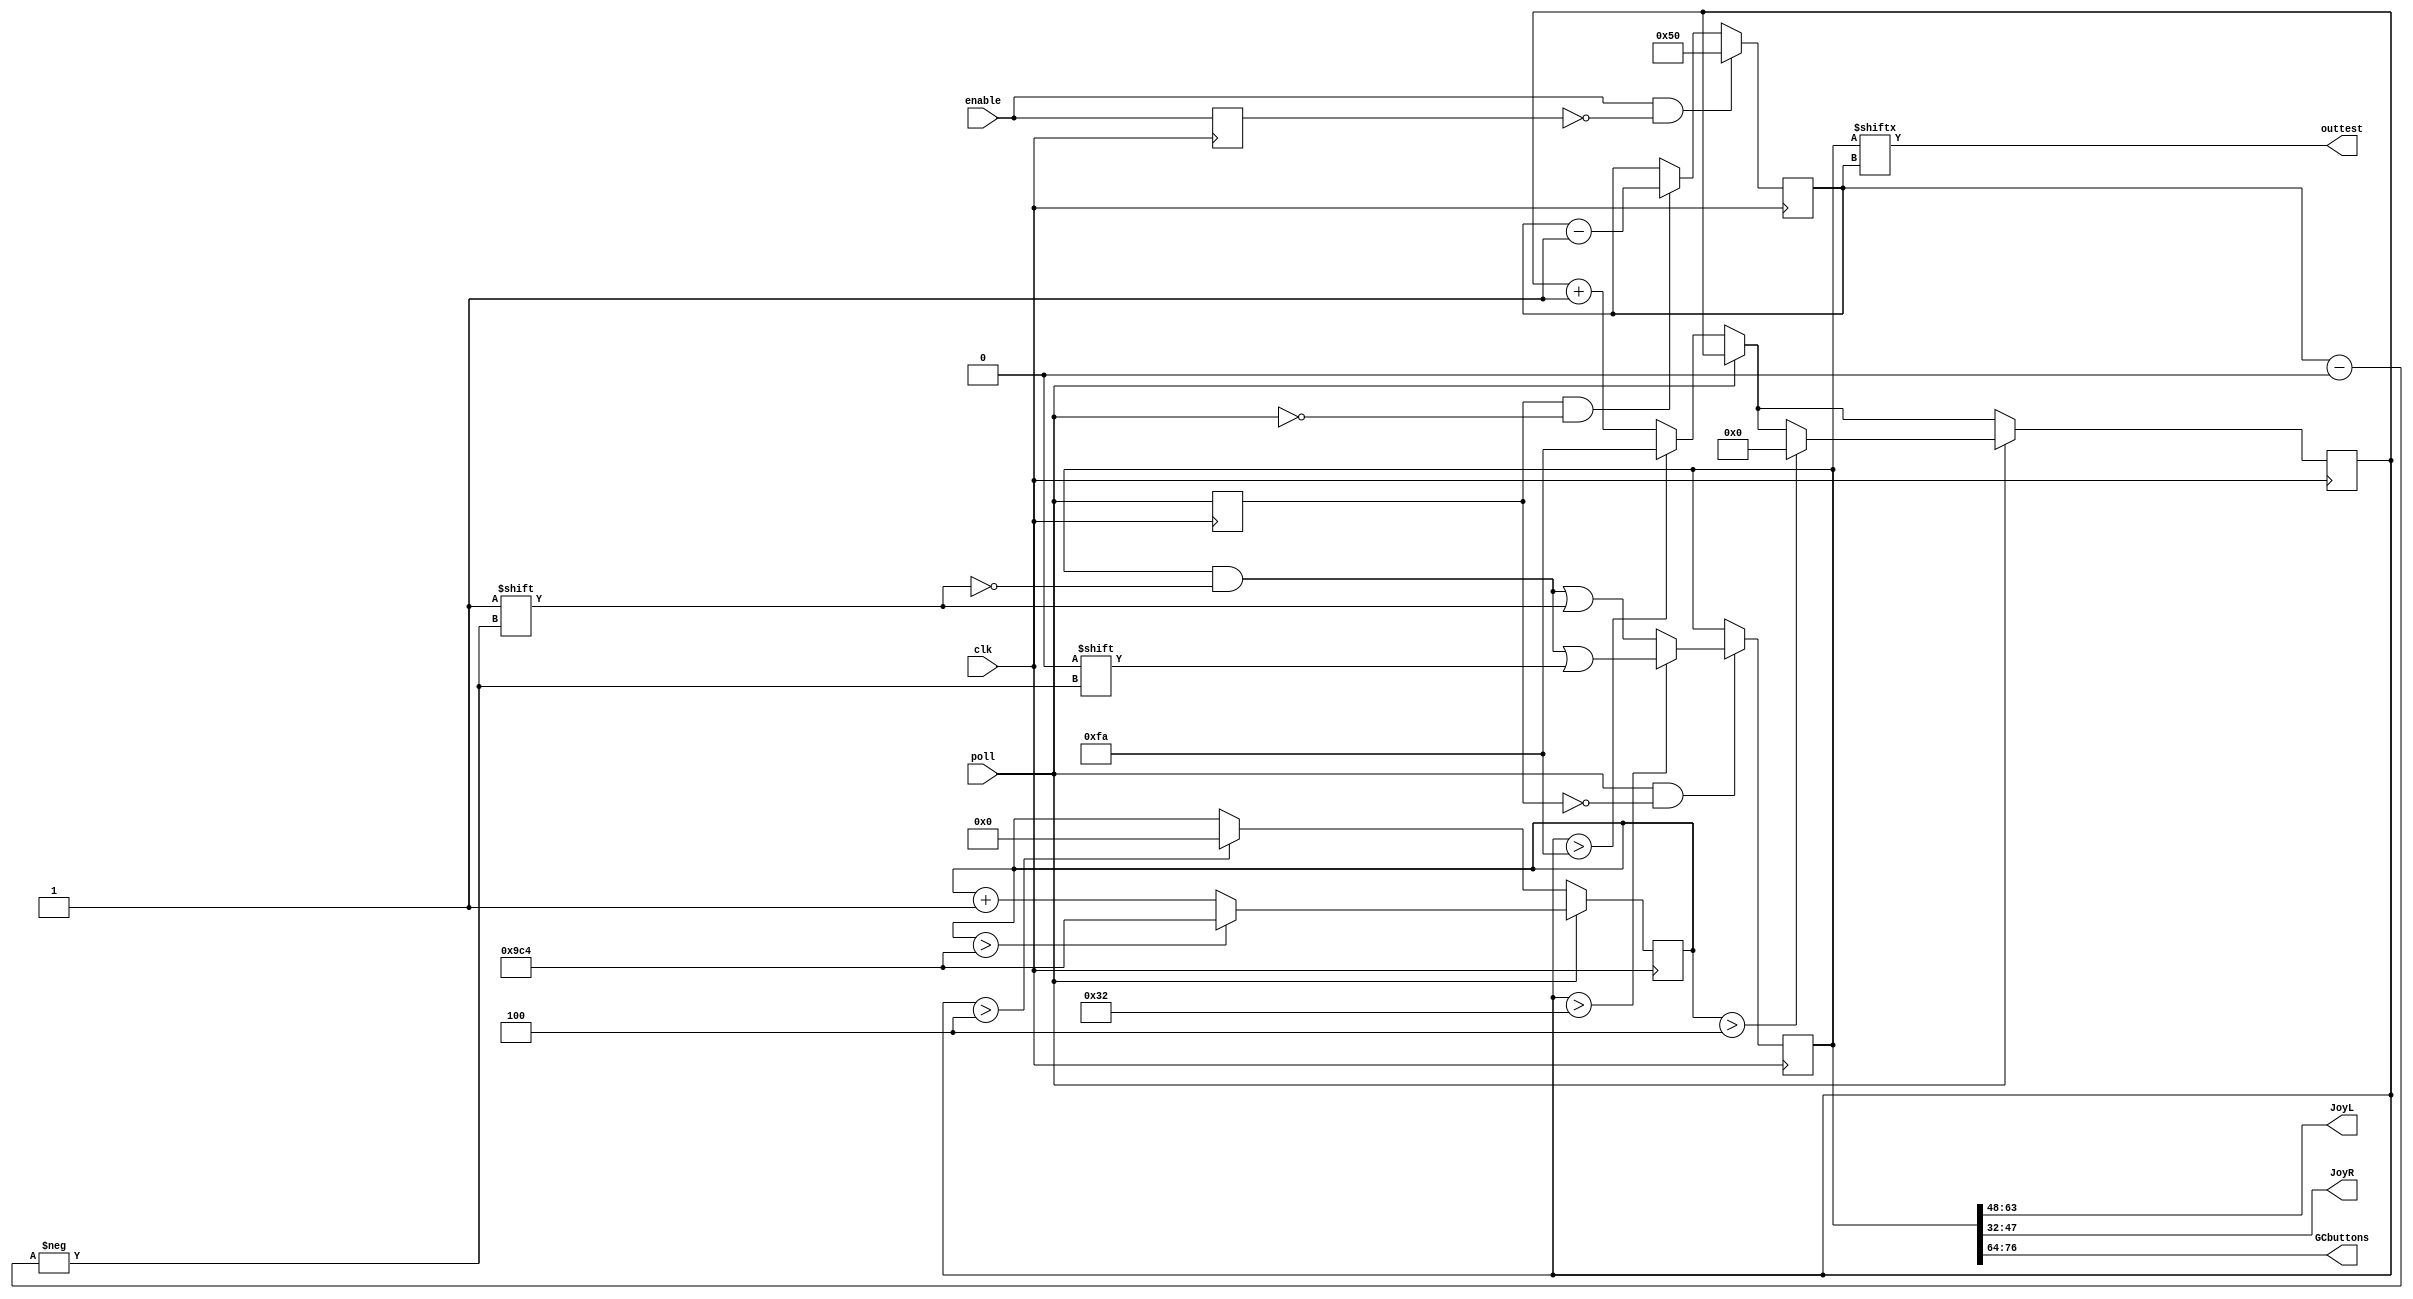
module GCC_Data ( input clk , input poll , input enable ,// output reset_polling ,
output [15:0] JoyL , output [15:0] JoyR , output [12:0] GCbuttons , output outtest
);

assign outtest = data[bits];
parameter bit_value = 80; 
reg [12:0] GCbuttons = 13'b0; 
reg [15:0] JoyL = 8'b0; 
reg [15:0] JoyR = 8'b0;
reg [80:0] data = 0;
reg [7:0] bits = 8'd80; 
reg [11:0] HC = 8'b0; 
reg [7:0] LC = 8'b0; 
reg prev_poll; reg prev_enable; reg [2:0] poll_fail = 3'b0; reg reset_polling = 0; 
reg [3:0] no_con; // counts if no controller has been detected for multiple polling periods
//reg CU = 0; reg CD = 0; reg CL = 0; reg CR = 0;
always @ ( * ) begin
    JoyL[15:0] = data[63:48]; 
    JoyR[15:0] = data[47:32]; //ShL[7:0] = data[31:24]; ShR[7:0] = data[23:16]; 
    GCbuttons[12:0] = data[76:64];
end

always @ ( posedge clk ) begin
    prev_poll <= poll; prev_enable <= enable;
    if ( enable && ~prev_enable ) begin
        bits <= bit_value;
    end
    else begin
        if ( prev_poll && ~poll ) begin //negedge detected
            bits <= bits - 1;
        end
    end
    
    if ( poll && ~prev_poll ) begin //posedge detected
        if ( LC > 50 ) begin
            data[bits] <= 0; 
        end
        else begin
            data[bits] <= 1; 
        end
    end
    
    if ( poll == 0 ) begin
        LC <= LC + 1;
        if ( LC > 4 ) begin
            HC <= 0;
        end
        if ( LC > 250 ) begin
            LC <= 250; //LC should never get this large!
        end
    end
   
    if ( poll == 1 ) begin
        HC <= HC + 1;
        if ( HC > 4 ) begin
            LC <= 0;
        end
        if ( HC > 2500 ) begin
            HC <= 2500;
        end
    end

    //if ( prev_enable && ~enable ) begin //Controller's turn to talk. This block is just to check if a controller is here at all.

end

endmodule